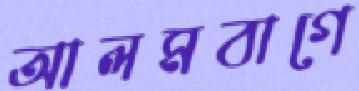
আলমবাগে